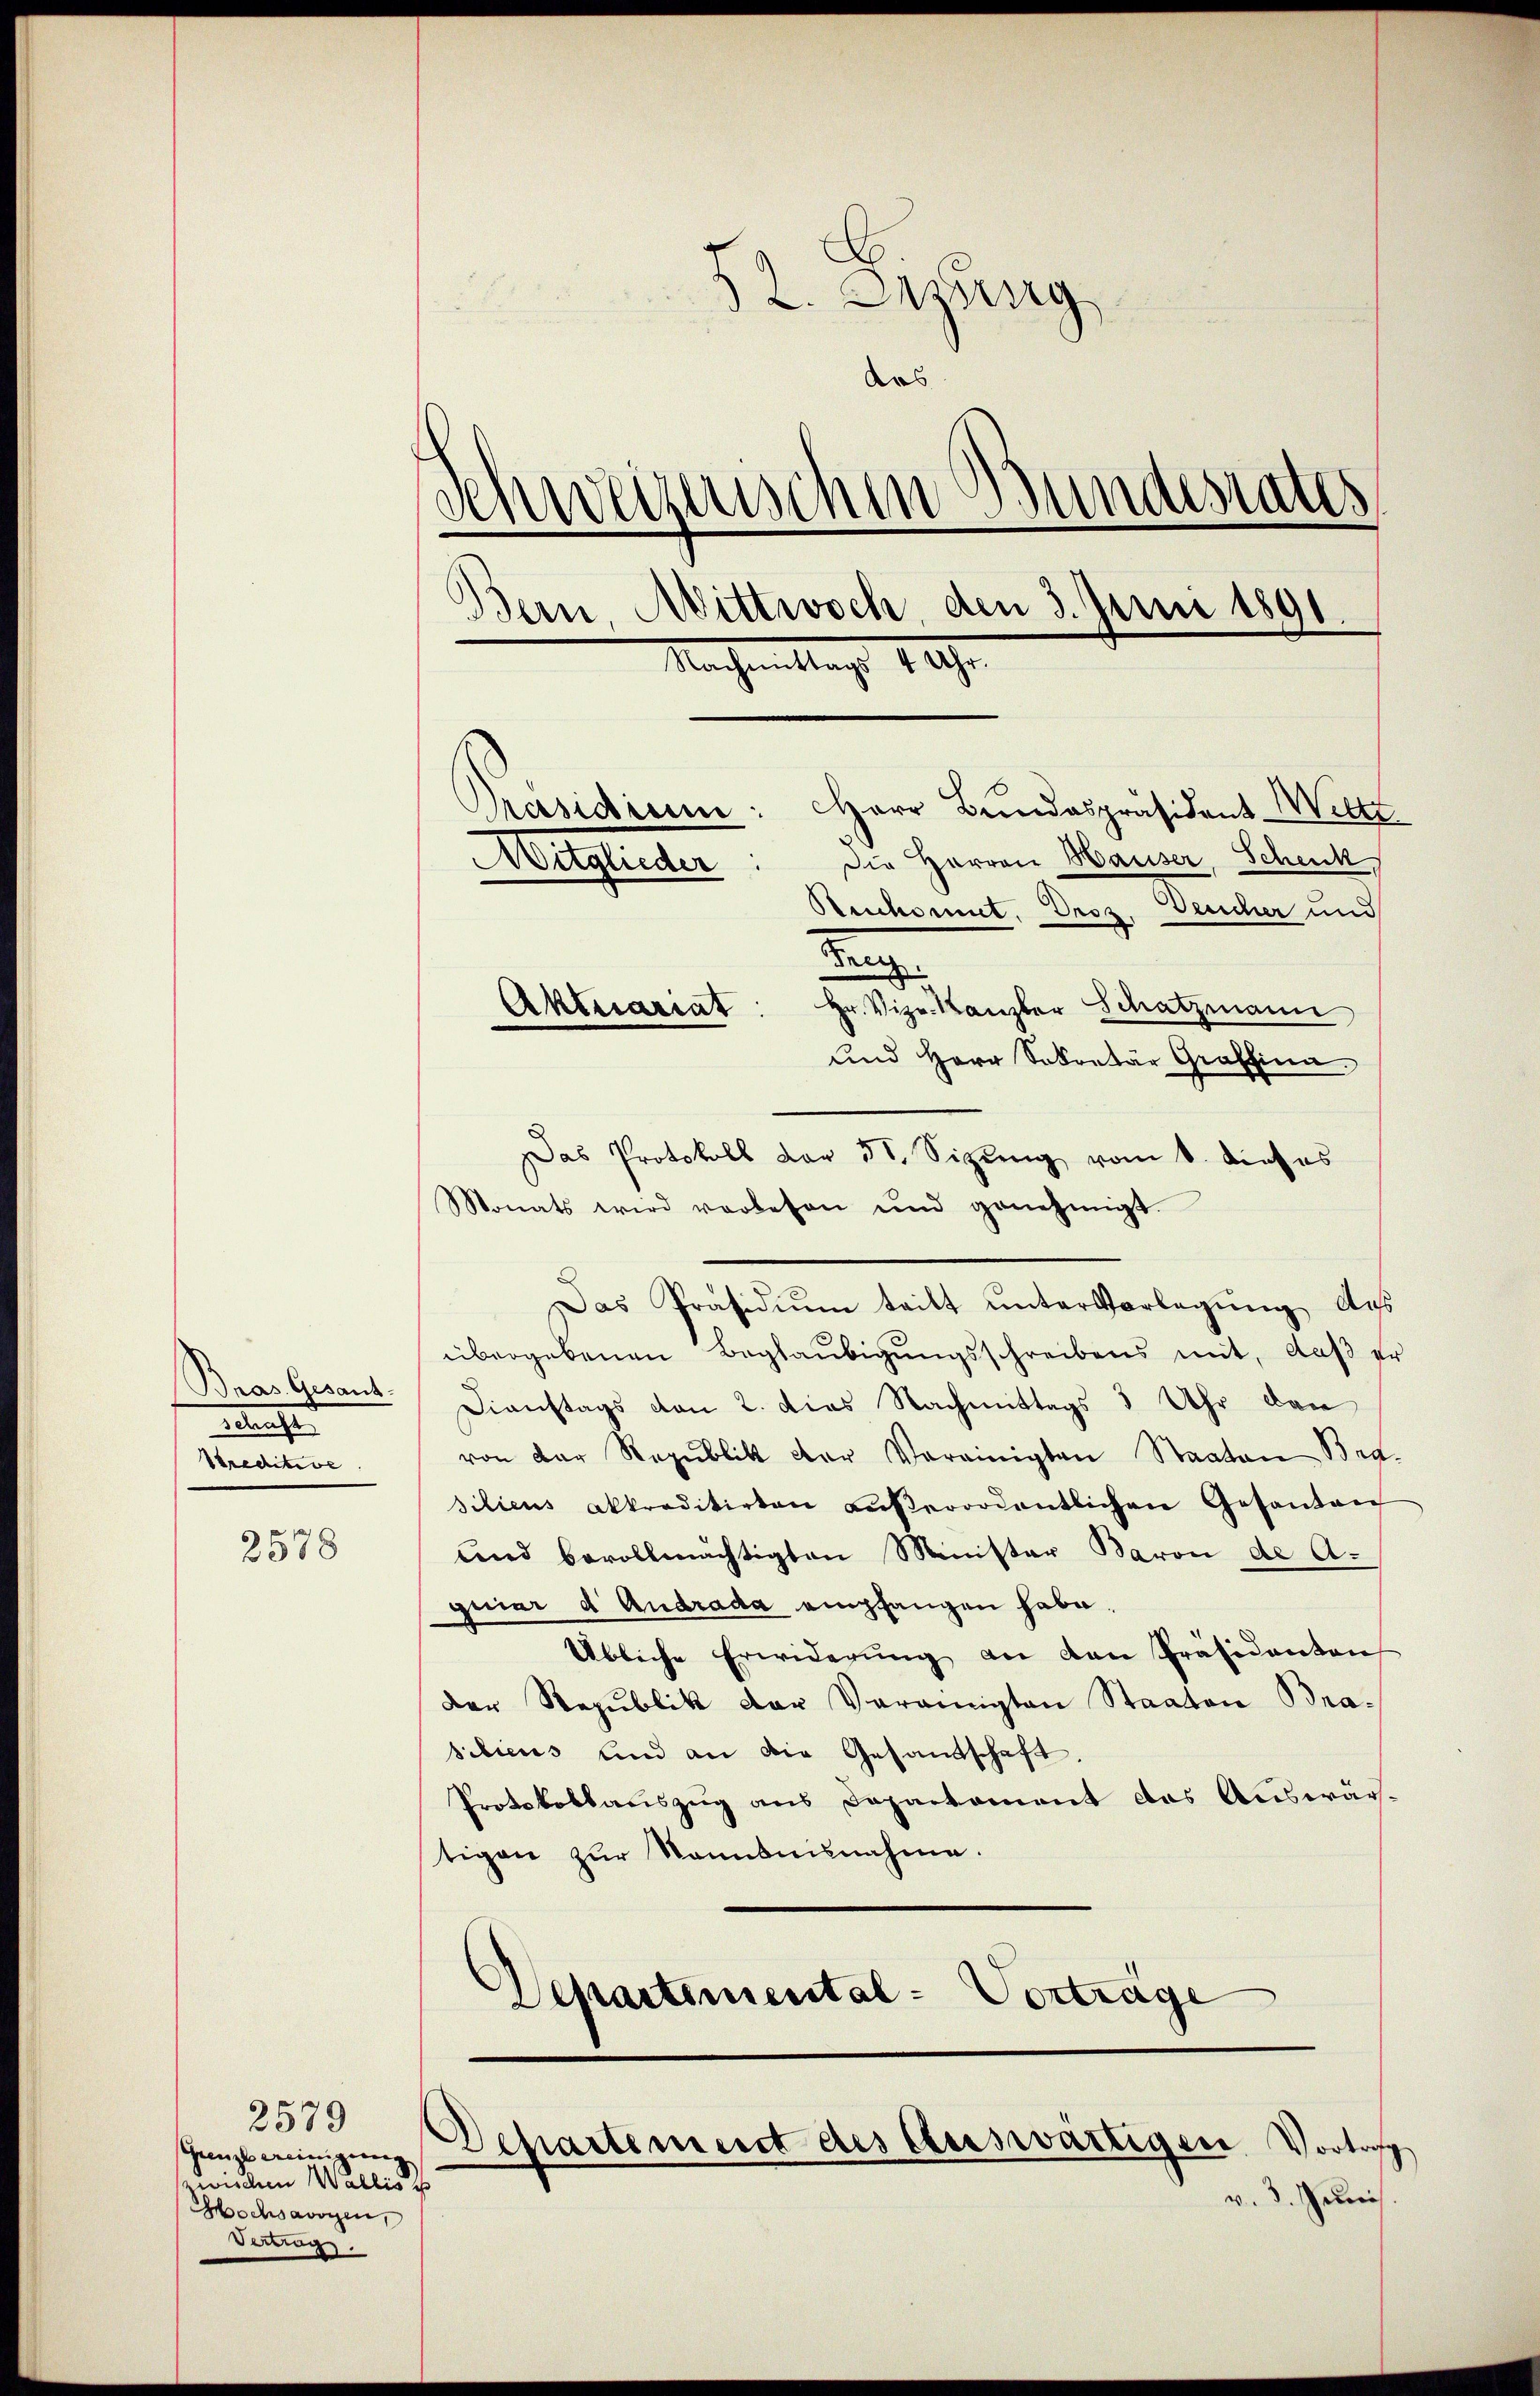
Bnas. Gesant.
Blancher
Streditive

2578

2579
Grenzbereinigung.
wieden Wallis u
Hochsavoyen,
Vertrag.

52. Sezung
Aus
¬
venwegenschen Bundesrates
Bern, Mittwoch, den 3. Juni 1891.
Nachmittag 109.
Präsidium: Herr Bundespräsident Weltz
Die Herren Hauser Schenk
Mitglieder
Reichsmut, Droz, Deucher und

n
Aktuariat: Hr. Vizr. Kanzler Schatzmann
und Herr Sekretär Graffina
Das Protokoll der 51. Sizŭng vom 8. dieses
Monats wird vorlesen und genehmigt.
Das Präsidium teilt untervorlegung des
übergebenen Beglaubigungsschreibens mit, daß er
Dienstags von 2. Dies Nachmittags 3 Uhr dan
von der Republik der Vereinigten Staaten Bra
silieus akkreditirten aŭβerordentlichen Gesanden
und bevollmächtigten Minister Baron de A.
quier d Audrada empfangen habe.
Übliche Erwiderŭng an den Präsidenten
Der Republik der Vereinigten Staaten Brasilieus und an die Gesandtschaft.
Protokollauszug aus Departement das Auswärtigen zŭr Sonntnisnahme.
Departemental-Vorträge

Departement des Auswärtigen Vortoff

v. 3. Junii